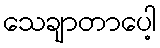
သေချာတာပေါ့